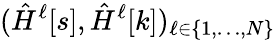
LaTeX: (\hat{H}^{\ell}[s],\hat{H}^{\ell}[k])_{\ell\in\{ 1,\dots,N\} }